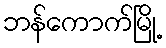
ဘန်ကောက်မြို့